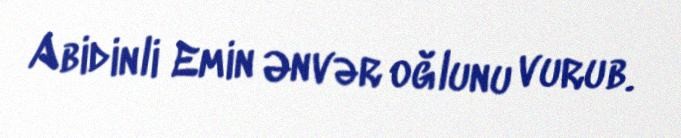
Abidinli Emin Ənvər oğlunu vurub.